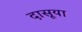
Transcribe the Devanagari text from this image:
दासूया